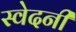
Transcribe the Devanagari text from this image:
स्वेदनी